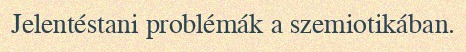
Jelentéstani problémák a szemiotikában.